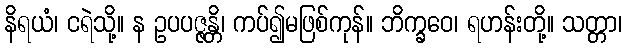
နိရယံ၊ ငရဲသို့။ န ဥပပဇ္ဇန္တိ၊ ကပ်၍မဖြစ်ကုန်။ ဘိက္ခဝေ၊ ရဟန်းတို့။ သတ္တာ၊